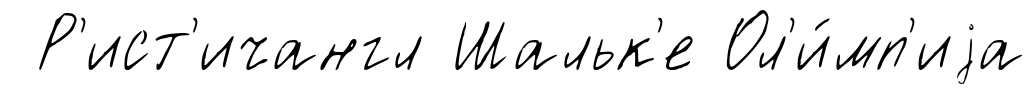
Р'ист'ичангл Шальк'е Ол'и́мп'иjа